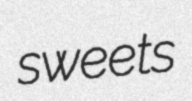
sweets